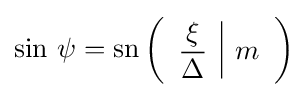
\sin \,\psi =\operatorname {sn} \left({\begin{array}{c|c}\displaystyle {\frac {\xi }{\Delta }}&m\end{array}}\right)